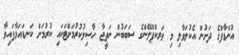
އުންޑާފްގެ ދަށުން އެކުލަވާލި މި ވަރކްޕްލޭންގެ ސަބަބުން ނަތީޖާ ހާސިލުކުރުމަށްޓަކައި ކުރުމަށް ކަނޑައަޅާފައިވާ